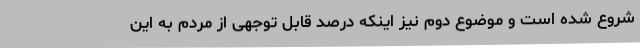
شروع شده است و موضوع دوم نیز اینکه درصد قابل توجهی از مردم به این